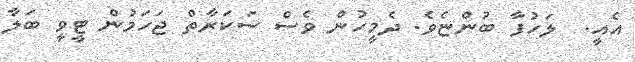
އެއީ.  ލަހުފާ ބުންޏެވެ. ދެމީހުން ވެސް ސަކަރާތް ޖަހަމުން ޓީވީ ބަލާ